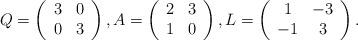
LaTeX: \begin{align*}Q=\left(\begin{array}{cc} 3 & 0 \\ 0 & 3 \end{array}\right),A=\left(\begin{array}{ccc} 2 & 3 \\ 1 & 0 \end{array}\right),L=\left(\begin{array}{ccc} 1 & -3 \\ -1 & 3 \end{array}\right).\end{align*}